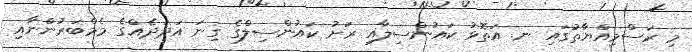
މި ރަސްމިއްޔާތުގައި ނ. އަތޮޅު ކައުންސިލާއި ރަށު ކައުންސިލްގެ ގިނަ އަދަދެއްގެ މެމްބަރުންނާއި